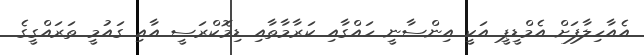
އެއާހިލާފަށް އެމްޑީޕީ އަކީ އިންސާނީ ހައްގާއި ކަރާމާތާއި ޑިމޮކްރަސީ އާއި ގައުމީ ތަރައްގީގެ